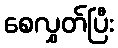
စေလွှတ်ပြီး